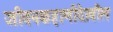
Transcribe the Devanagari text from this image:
जीवनकहाणीदेखील